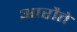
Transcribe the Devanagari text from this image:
आरौते